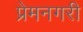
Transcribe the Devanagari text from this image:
प्रेमनगरी